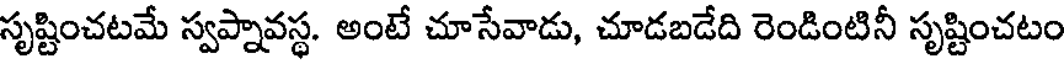
సృష్టించటమే స్వప్నావస్థ. అంటే చూసేవాడు, చూడబడేది రెండింటినీ సృష్టించటం